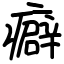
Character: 癖